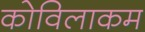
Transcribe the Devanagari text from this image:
कोविलाकम